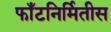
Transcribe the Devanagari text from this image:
फाँटनिर्मितीस